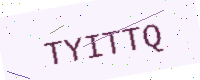
Text: TYITTQ